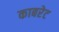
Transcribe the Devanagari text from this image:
काबरेट